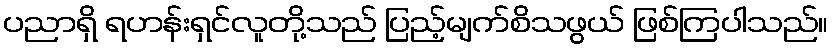
ပညာရှိ ရဟန်းရှင်လူတို့သည် ပြည့်မျက်စိသဖွယ် ဖြစ်ကြပါသည်။